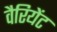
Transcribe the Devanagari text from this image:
वैरियेंट